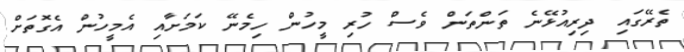
ތެރޭގައި ދިރިއުޅޭނެ ތަންތަން ވެސް ހުރި މީހުން ހިމެނޭ ކަމަށާއި އެމީހުން އެގޮތަށް